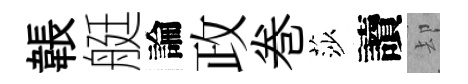
韔艇論政巻莎讀却